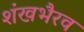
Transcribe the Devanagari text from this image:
शंखभैरव